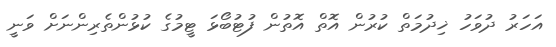
އަހަރު ދުވަހު ޚިދުމަތް ކުރުން އޮތް އޮތުން ފުޓުބޯޅަ ޓީމުގެ ކުޅުންތެރިންނަށް ވަނީ